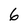
Character: 6